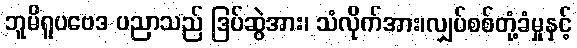
ဘူမိရူပဗေဒ ပညာသည် ဒြပ်ဆွဲအား၊ သံလိုက်အား၊လျှပ်စစ်တုံ့ခံမှုနှင့်